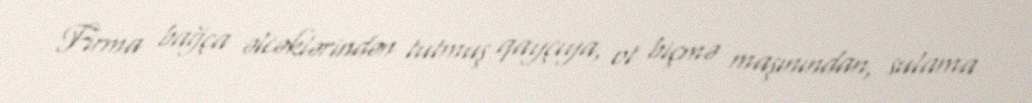
Firma bağça əlcəklərindən tutmuş qayçıya, ot biçmə maşınından, sulama